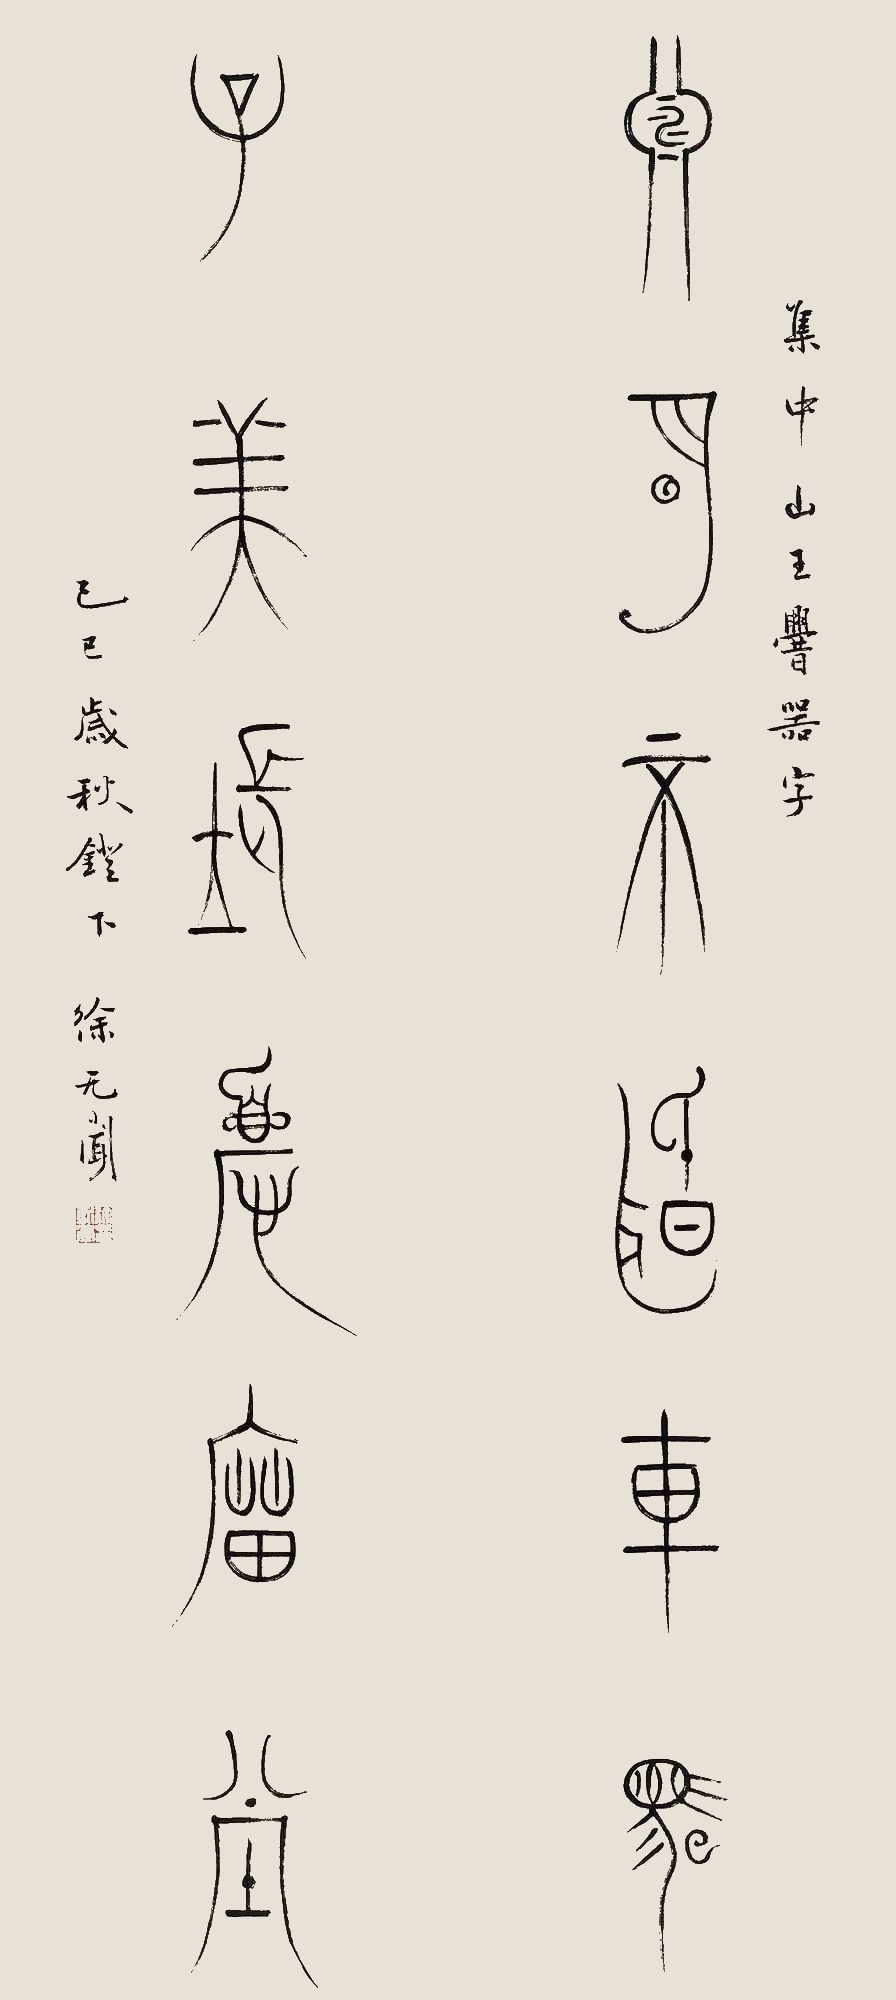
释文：渊明不闻车马，子美长夏庙堂。集中山王厝器字，己巳岁秋灯下，徐无闻。